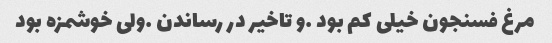
مرغ فسنجون خیلی کم بود …و تاخیر در رساندن …ولی خوشمزه بود